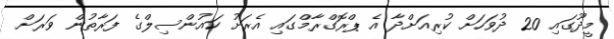
މީދޫގައި 20 ދުވަހަށް ކުރިއަށްދާ އެ ޕްރޮގްރާމްގައި އެރަށު ކައުންސިލްގެ ފަރާތުން ވަރަށް